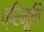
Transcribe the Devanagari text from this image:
त्रिमूति